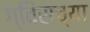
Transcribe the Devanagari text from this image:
ग्विसच्या